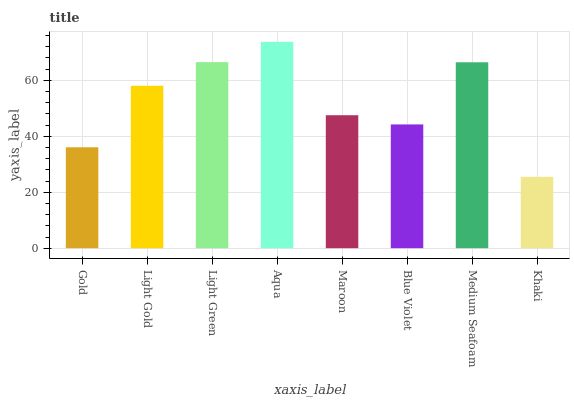
| xaxis_label | bars |
 | --- | --- |
 | Gold | 36 |
 | Light Gold | 58 |
 | Light Green | 66.5 |
 | Aqua | 73.7 |
 | Maroon | 47.5 |
 | Blue Violet | 44.2 |
 | Medium Seafoam | 66.4 |
 | Khaki | 25.5 |